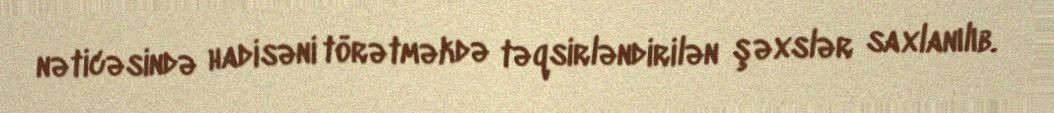
nəticəsində hadisəni törətməkdə təqsirləndirilən şəxslər saxlanılıb.